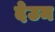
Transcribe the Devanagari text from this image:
देउम